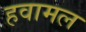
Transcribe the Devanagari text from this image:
हवामल